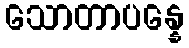
သောတာပန္နေ